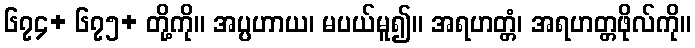
၆၇၄+ ၆၇၅+ တို့ကို။ အပ္ပဟာယ၊ မပယ်မူ၍။ အရဟတ္တံ၊ အရဟတ္တဖိုလ်ကို။